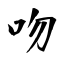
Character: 吻